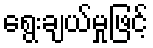
ရွေးချယ်မှုဖြင့်